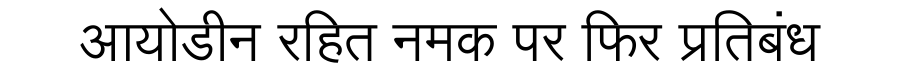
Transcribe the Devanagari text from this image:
आयोडीन रहित नमक पर फिर प्रतिबंध